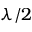
\lambda / 2